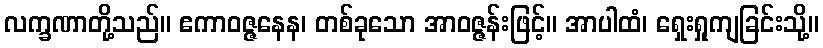
လက္ခဏာတို့သည်။ ဧကာဝဇ္ဇနေန၊ တစ်ခုသော အာဝဇ္ဇန်းဖြင့်။ အာပါထံ၊ ရှေးရှုကျခြင်းသို့။